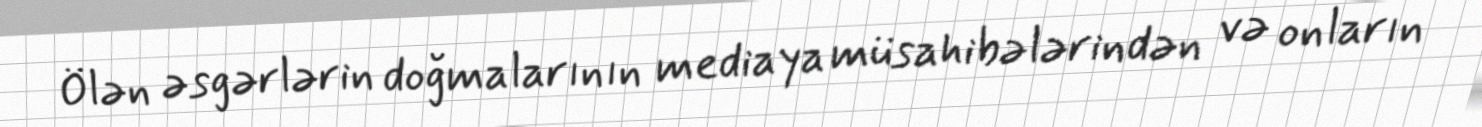
Ölən əsgərlərin doğmalarının mediaya müsahibələrindən və onların